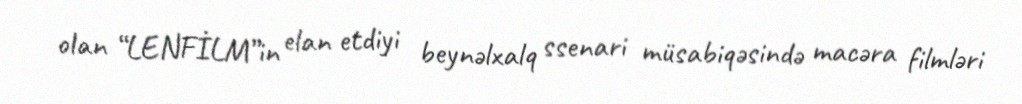
olan “LENFİLM”in elan etdiyi beynəlxalq ssenari müsabiqəsində macəra filmləri